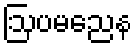
ဩပမညေန